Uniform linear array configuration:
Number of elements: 24
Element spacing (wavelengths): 1
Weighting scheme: kaiser
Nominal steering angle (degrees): -60
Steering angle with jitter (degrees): -60.246
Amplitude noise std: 0.05
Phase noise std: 0.05

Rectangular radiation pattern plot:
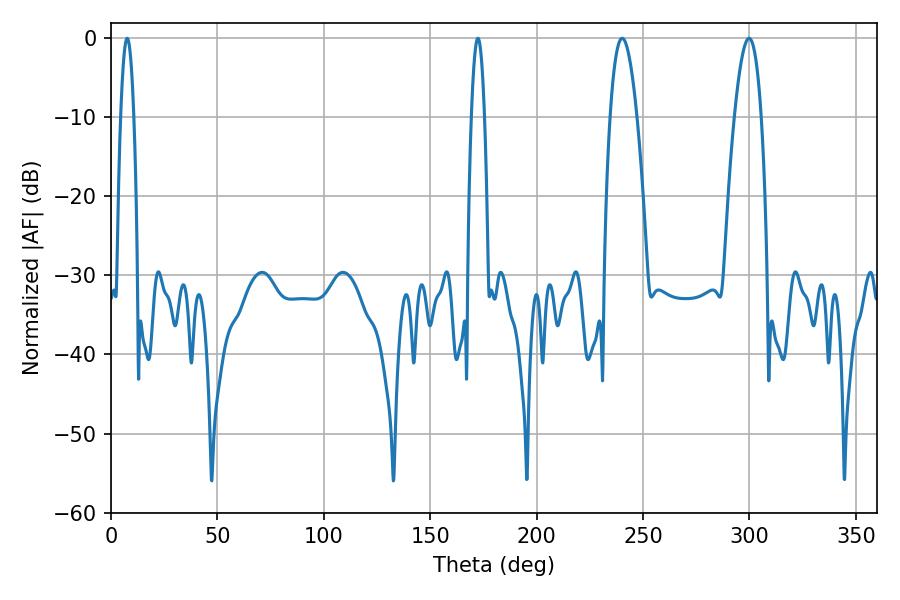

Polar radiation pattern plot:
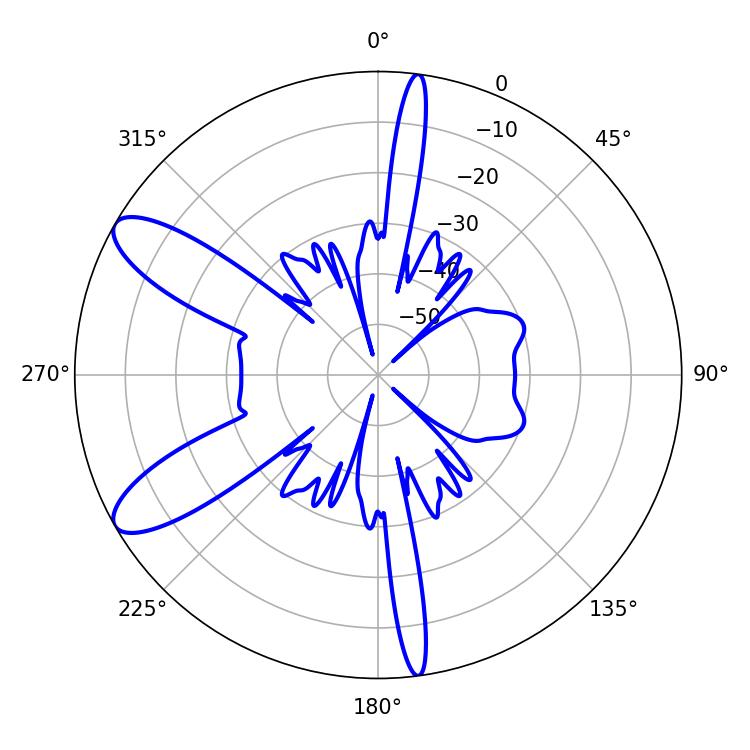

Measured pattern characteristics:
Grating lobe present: TRUE
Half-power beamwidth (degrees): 7.02
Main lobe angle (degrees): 240.12